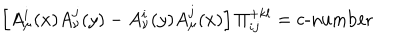
\left[ A _ { \mu } ^ { i } ( x ) A _ { \nu } ^ { j } ( y ) - A _ { \nu } ^ { i } ( y ) A _ { \mu } ^ { j } ( x ) \right] \Pi _ { i j } ^ { + k l } = \mathrm { c - n u m b e r }